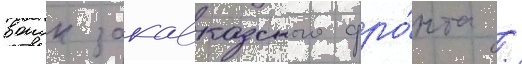
воиск закавказского фро́нта /